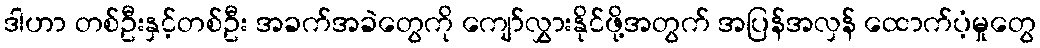
ဒါဟာ တစ်ဦးနှင့်တစ်ဦး အခက်အခဲတွေကို ကျော်လွှားနိုင်ဖို့အတွက် အပြန်အလှန် ထောက်ပံ့မှုတွေ